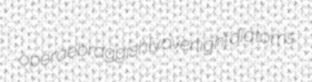
operae braggishly overlight diatoms